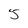
Character: 5